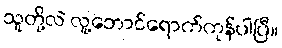
သူတို့လဲ လူ့ဘောင်ရောက်ကုန်ပါပြီ။